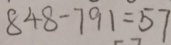
8 4 8 - 7 9 1 = 5 7